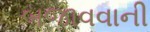
બજાવવાની